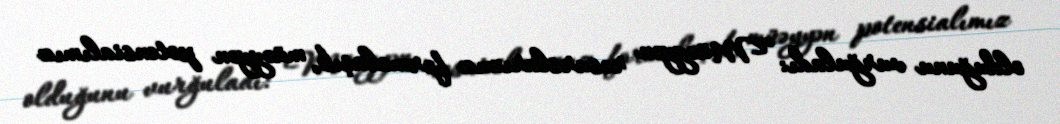
olduğunu vurğuladı: “Müəyyən resurslarımız formalaşıb, müəyyən potensialımız